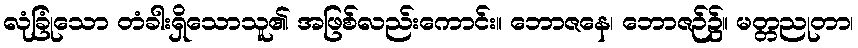
လုံခြုံသော တံခါးရှိသောသူ၏ အဖြစ်လည်းကောင်း။ ဘောဇနေ၊ ဘောဇဉ်၌။ မတ္တညုတာ၊